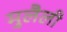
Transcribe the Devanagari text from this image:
मुलैली